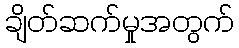
ချိတ်ဆက်မှုအတွက်